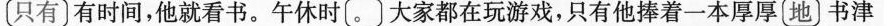
只有}有时间，他就看书。午休时(。〕大家都在玩游戏，只有他捧着一本厚厚{地〕书津